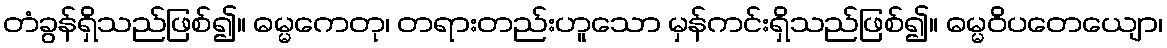
တံခွန်ရှိသည်ဖြစ်၍။ ဓမ္မကေတု၊ တရားတည်းဟူသော မှန်ကင်းရှိသည်ဖြစ်၍။ ဓမ္မဝိပတေယျော၊